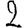
Digit: 2